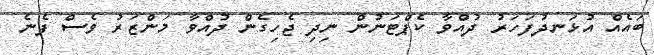
ބައެއް އުޅަނދުފަހަރު ދުއްވާ ކެޕްޓަނުން ނިދި ޖެހިގެން ދުއްވާ މަންޒަރު ވެސް ފެނެ